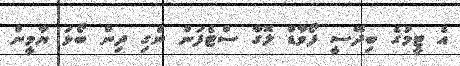
އެ ޓީމުގެ ބިދޭސީ ފޯވާޑް ލޮގާ ސްޓެފަން ނެގި ދިން ބޯޅަ ޔާމީން